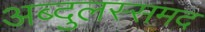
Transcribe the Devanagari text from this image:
अब्दुलस्समद